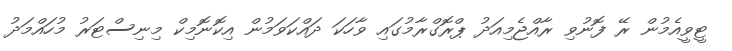
ޓީވީއެމުން ރޭ ފޮނުވި ރާއްޖެމިއަދު ޕްރޮގްރާމުގައި ވާހަކަ ދައްކަވަމުން އިކޮނޮމިކް މިނިސްޓަރު މުހައްމަދު